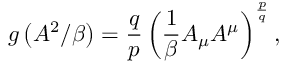
g \left( A ^ { 2 } / \beta \right) = \frac { q } { p } \left( \frac { 1 } { \beta } A _ { \mu } A ^ { \mu } \right) ^ { \frac { p } { q } } ,